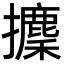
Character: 攈